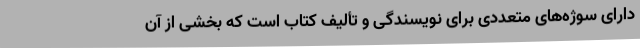
دارای سوژه‌های متعددی برای نویسندگی و تألیف کتاب است که بخشی از آن